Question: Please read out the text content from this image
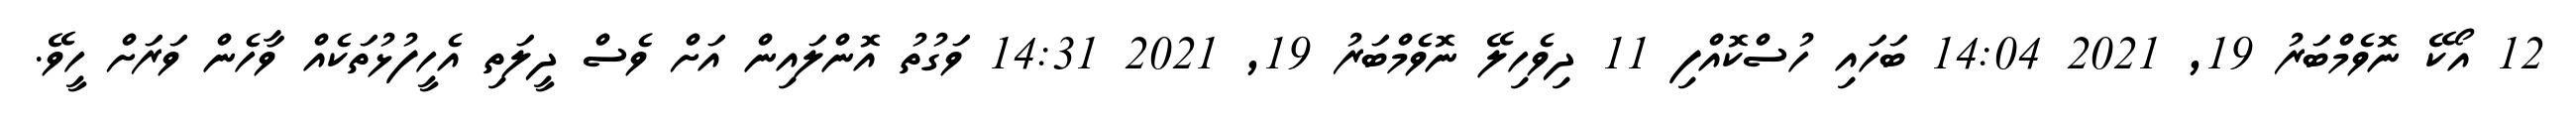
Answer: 12 އޯކޭ ނޮވެމްބަރު 19, 2021 14:04 ބަހައި ހުސްކޮއްފި 11 ދިވެހިލޭ ނޮވެމްބަރު 19, 2021 14:31 ވަގުތު އޮންލައިން އަށް ވެސް ދީލަތި އެހީފުޅުތަކެއް ވާހެން ވަރަށް ހީވޭ.